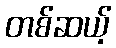
တစ်ဆယ့်